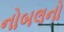
નોબલનો